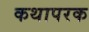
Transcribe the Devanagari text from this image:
कथापरक